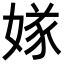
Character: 𡟝